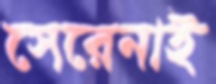
সেরেনাই